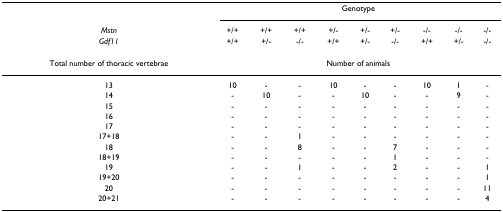
<table><thead><tr><td></td><td colspan="9"><b>Genotype</b></td></tr><tr><td><b><i>Mstn</i></b></td><td><b>+/+</b></td><td><b>+/+</b></td><td><b>+/+</b></td><td><b>+/-</b></td><td><b>+/-</b></td><td><b>+/-</b></td><td><b>-/-</b></td><td><b>-/-</b></td><td><b>-/-</b></td></tr><tr><td><b><i>Gdf11</i></b></td><td><b>+/+</b></td><td><b>+/-</b></td><td><b>-/-</b></td><td><b>+/+</b></td><td><b>+/-</b></td><td><b>-/-</b></td><td><b>+/+</b></td><td><b>+/-</b></td><td><b>-/-</b></td></tr></thead><tbody><tr><td>Total number of thoracic vertebrae</td><td colspan="9">Number of animals</td></tr><tr><td>13</td><td>10</td><td>-</td><td>-</td><td>10</td><td>-</td><td>-</td><td>10</td><td>1</td><td>-</td></tr><tr><td>14</td><td>-</td><td>10</td><td>-</td><td>-</td><td>10</td><td>-</td><td>-</td><td>9</td><td>-</td></tr><tr><td>15</td><td>-</td><td>-</td><td>-</td><td>-</td><td>-</td><td>-</td><td>-</td><td>-</td><td>-</td></tr><tr><td>16</td><td>-</td><td>-</td><td>-</td><td>-</td><td>-</td><td>-</td><td>-</td><td>-</td><td>-</td></tr><tr><td>17</td><td>-</td><td>-</td><td>-</td><td>-</td><td>-</td><td>-</td><td>-</td><td>-</td><td>-</td></tr><tr><td>17+18</td><td>-</td><td>-</td><td>1</td><td>-</td><td>-</td><td>-</td><td>-</td><td>-</td><td>-</td></tr><tr><td>18</td><td>-</td><td>-</td><td>8</td><td>-</td><td>-</td><td>7</td><td>-</td><td>-</td><td>-</td></tr><tr><td>18+19</td><td>-</td><td>-</td><td>-</td><td>-</td><td>-</td><td>1</td><td>-</td><td>-</td><td>-</td></tr><tr><td>19</td><td>-</td><td>-</td><td>1</td><td>-</td><td>-</td><td>2</td><td>-</td><td>-</td><td>1</td></tr><tr><td>19+20</td><td>-</td><td>-</td><td>-</td><td>-</td><td>-</td><td>-</td><td>-</td><td>-</td><td>1</td></tr><tr><td>20</td><td>-</td><td>-</td><td>-</td><td>-</td><td>-</td><td>-</td><td>-</td><td>-</td><td>11</td></tr><tr><td>20+21</td><td>-</td><td>-</td><td>-</td><td>-</td><td>-</td><td>-</td><td>-</td><td>-</td><td>4</td></tr></tbody></table>